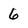
Character: 6